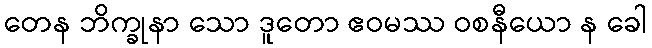
တေန ဘိက္ခုနာ သော ဒူတော ဧဝမဿ ဝစနီယော န ခေါ